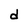
Character: d